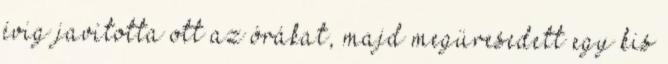
évig javította ott az órákat, majd megüresedett egy kis